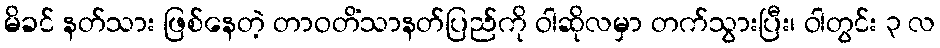
မိခင် နတ်သား ဖြစ်နေတဲ့ တာဝတိံသာနတ်ပြည်ကို ဝါဆိုလမှာ တက်သွားပြီး၊ ဝါတွင်း ၃ လ